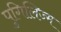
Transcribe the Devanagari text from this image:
पुगिलिज्म